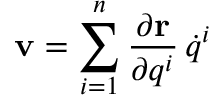
\displaystyle \mathbf { v } = \sum _ { i = 1 } ^ { n } { \frac { \partial \mathbf { r } } { \partial q ^ { i } } } \, { \dot { q } } ^ { i }